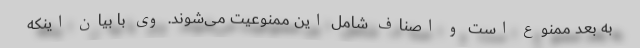
به بعد ممنوع است و اصناف شامل این ممنوعیت می‌شوند. وی با بیان اینکه